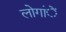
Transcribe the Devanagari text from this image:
लोगांें